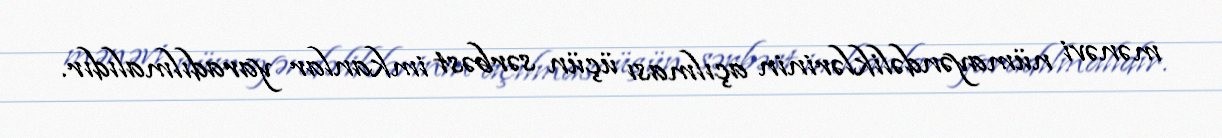
mənəvi nümayəndəliklərinin açılması üçün sərbəst imkanlar yaradılmalıdır.